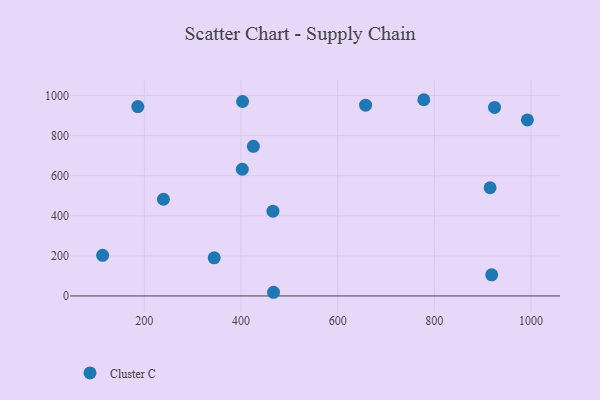
{"axis": {"x": "Study Hours", "y": "Rating"}, "legend": ["Cluster C"], "data": [{"x": "915.3", "y": 539.9, "type": "Cluster C"}, {"x": "113.7", "y": 202.9, "type": "Cluster C"}, {"x": "466.0", "y": 422.9, "type": "Cluster C"}, {"x": "239.5", "y": 482.6, "type": "Cluster C"}, {"x": "186.5", "y": 944.9, "type": "Cluster C"}, {"x": "924.5", "y": 940.6, "type": "Cluster C"}, {"x": "403.2", "y": 970.2, "type": "Cluster C"}, {"x": "402.7", "y": 632.2, "type": "Cluster C"}, {"x": "657.7", "y": 952.1, "type": "Cluster C"}, {"x": "467.3", "y": 18.3, "type": "Cluster C"}, {"x": "344.5", "y": 190.3, "type": "Cluster C"}, {"x": "778.1", "y": 979.1, "type": "Cluster C"}, {"x": "918.6", "y": 105.3, "type": "Cluster C"}, {"x": "992.4", "y": 878.1, "type": "Cluster C"}, {"x": "425.6", "y": 746.4, "type": "Cluster C"}]}